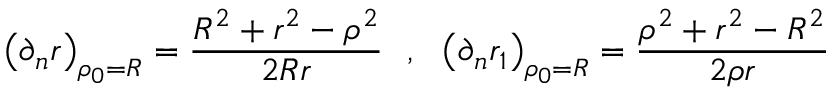
\left( \partial _ { n } r \right) _ { \rho _ { 0 } = R } = { \frac { R ^ { 2 } + r ^ { 2 } - \rho ^ { 2 } } { 2 R r } } ~ ~ , ~ ~ \left( \partial _ { n } r _ { 1 } \right) _ { \rho _ { 0 } = R } = { \frac { \rho ^ { 2 } + r ^ { 2 } - R ^ { 2 } } { 2 \rho r } }